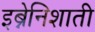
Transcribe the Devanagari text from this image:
इब्नेनिशाती